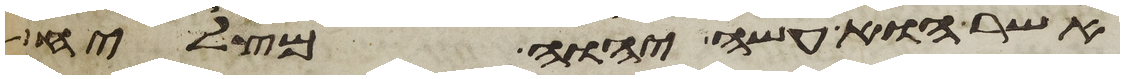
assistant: אשר הוא עשה יהוה מצליח